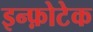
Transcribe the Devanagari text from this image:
इन्फ़ोटेक